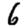
Digit: 6